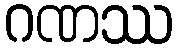
ဂဏဿ